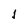
Character: 1